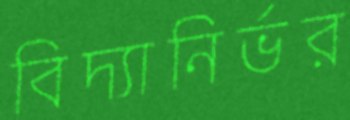
বিদ্যানির্ভর